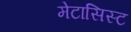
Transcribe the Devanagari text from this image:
मेटासिस्ट